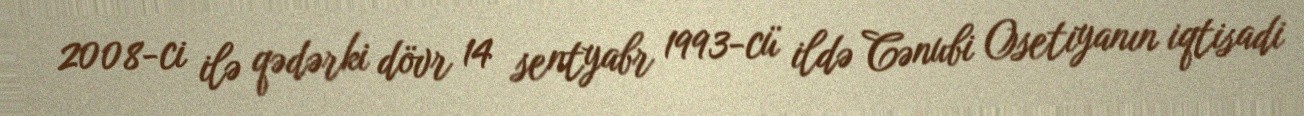
2008-ci ilə qədərki dövr 14 sentyabr 1993-cü ildə Cənubi Osetiyanın iqtisadi